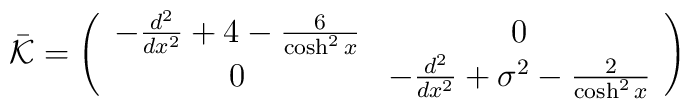
\bar{\cal K}= \left( \begin{array}{cc}-\frac{d^2}{dx^2}+4-\frac{6}{\cosh^2x}&0\\ 0&-\frac{d^2}{dx^2}+\sigma^2-\frac{2}{\cosh^2x}\end{array} \right)